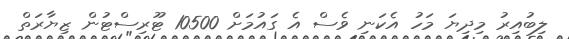
ލިބުއިރު މިދިޔަ މަހު އެކަނި ވެސް އެ ގައުމަށް 10500 ޓޫރިސްޓުން ޒިޔާރަތް